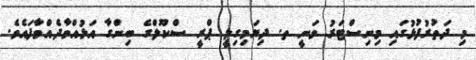
މި ދަތުރުފުޅުގައި މިނިސްޓަރު ވަނީ ތ. ދިޔަމިގިލީ ޕްރީ ސްކޫލްގެ ބިންގާ އަޅުއްވާދެއްވާފައެވެ.